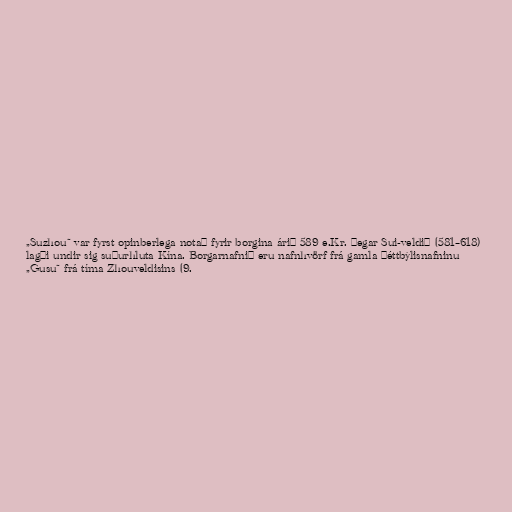
„Suzhou“ var fyrst opinberlega notað fyrir borgina árið 589 e.Kr. þegar Sui-veldið (581–618)
lagði undir sig suðurhluta Kína. Borgarnafnið eru nafnhvörf frá gamla þéttbýlisnafninu
„Gusu“ frá tíma Zhouveldisins (9.